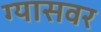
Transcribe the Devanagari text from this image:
ग्यासवर